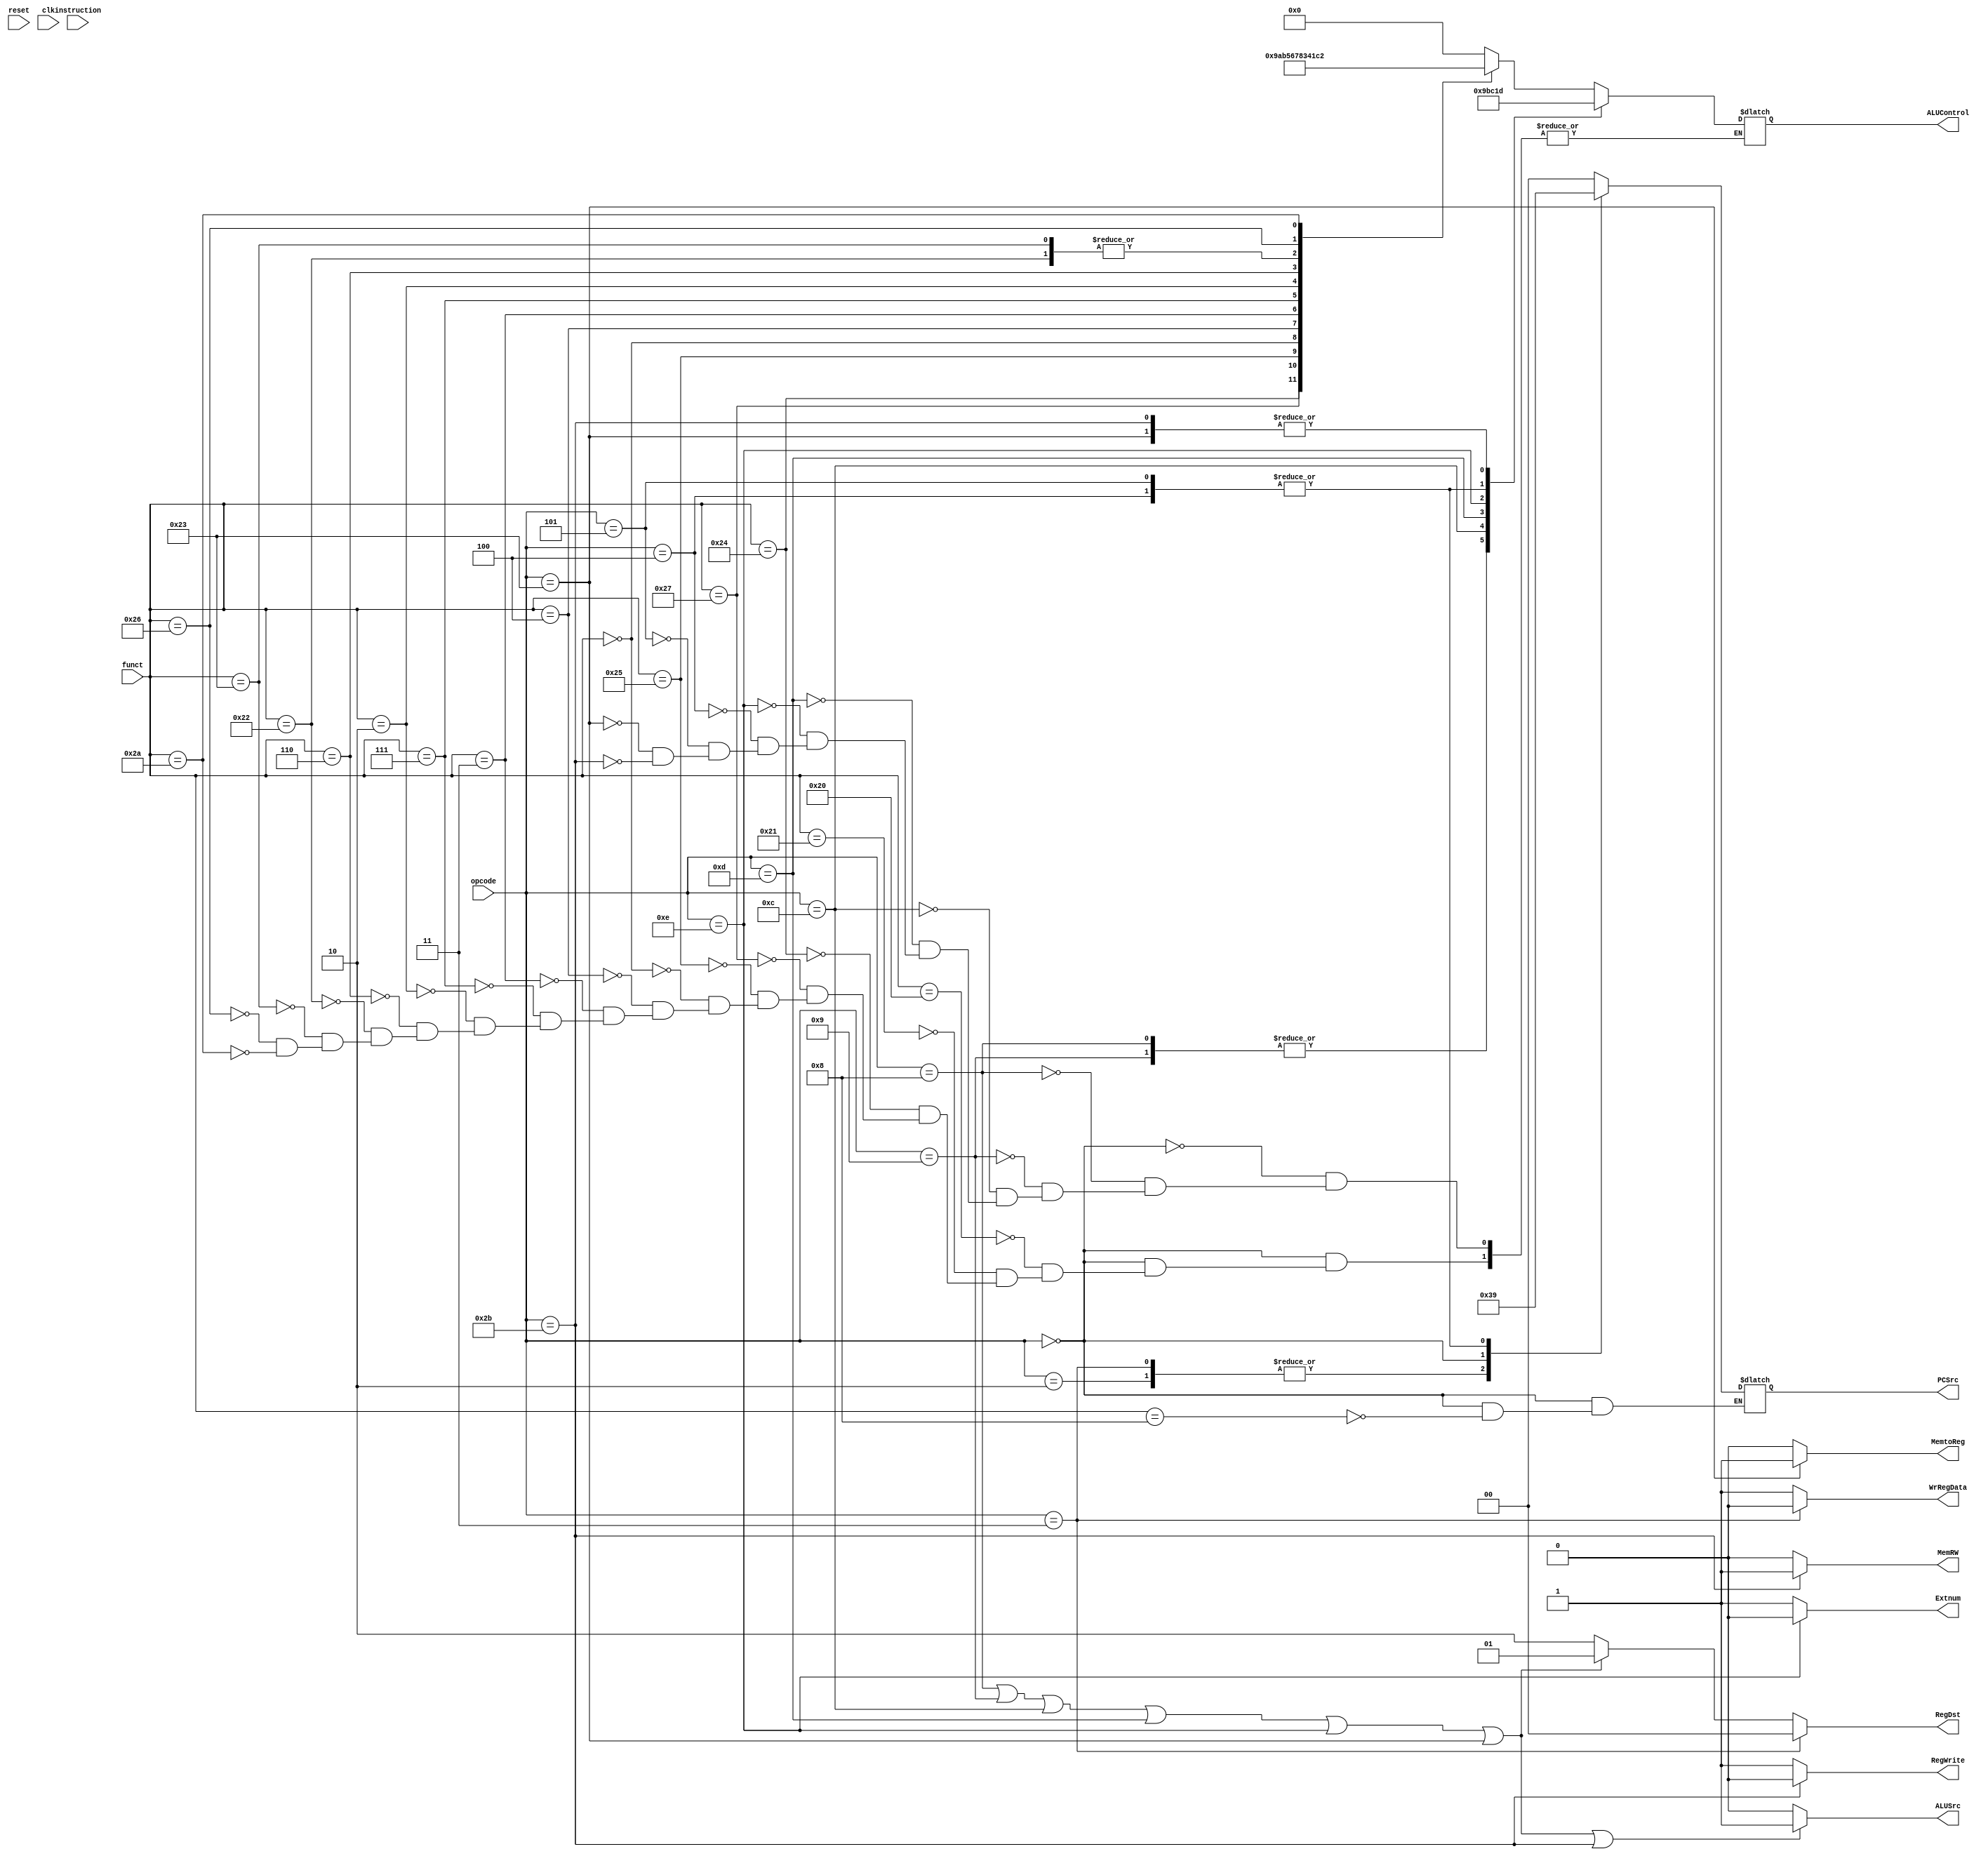
/*The control unit provides control signals for whole process
**   depend on Op code and Funct code
*/

`timescale 100fs/100fs
module ControlUnit
    (   //Inputs
        input [31:0] instruction,
        input [5:0] opcode,
        input [5:0] funct,
        input reset, clk,

        //Output
        output reg RegWrite, MemtoReg, MemRW, ALUSrc, Extnum, WrRegData,
        output reg [3:0] ALUControl,
        output reg [1:0] PCSrc, RegDst
    );

    initial begin
        RegWrite = 0;
        MemtoReg = 0;
        MemRW = 0;
        ALUSrc = 0;
        RegDst = 0;
        Extnum = 0;
        WrRegData = 0;
        ALUControl = 0;
        PCSrc = 0;
    end

    always @(*) begin 
        //Initialize the ALUSrc: "1": addi, addiu, andi, ori, xori, lw, sw
        if (opcode == 6'b001000 || opcode == 6'b001001 || opcode == 6'b001100 || opcode == 6'b001101 || opcode == 6'b001110 || opcode == 6'b100011 || opcode == 6'b101011)
            ALUSrc = 1;
        else ALUSrc = 0;

        //Initialize the Extnum: "0": xori 
        if (opcode == 6'b001110 ) Extnum =0;
        else Extnum = 1;

        //Initialize the PCSrc
        case (opcode)
            6'b000010: PCSrc = 2'b11;   //j
            6'b000011: PCSrc = 2'b11;   //jal
            6'b000000: begin
                if (funct == 6'b001000) PCSrc = 2'b10;    //jr
            end
            6'b000100: PCSrc = 2'b01;   //beq
            6'b000101: PCSrc = 2'b01;   //beq
            default: PCSrc = 2'b00;
        endcase 

        //Initialize the ALUControl
        case (opcode)
            6'b000000: begin
                case (funct)
                    6'b100000: ALUControl = 4'b0000;   //add
                    6'b100001: ALUControl = 4'b0000;   //addu
                    6'b100100: ALUControl = 4'b1001;   //and
                    6'b100111: ALUControl = 4'b1010;   //nor
                    6'b100101: ALUControl = 4'b1011;   //or
                    6'b000000: ALUControl = 4'b0101;   //sll
                    6'b000100: ALUControl = 4'b0110;   //sllv
                    6'b000011: ALUControl = 4'b0111;   //sra
                    6'b000111: ALUControl = 4'b1000;   //srav
                    6'b000010: ALUControl = 4'b0011;   //srl
                    6'b000110: ALUControl = 4'b0100;   //srlv
                    6'b100010: ALUControl = 4'b0001;   //sub
                    6'b100011: ALUControl = 4'b0001;   //subu
                    6'b100110: ALUControl = 4'b1100;   //xor
                    6'b101010: ALUControl = 4'b0010;   //slt
                endcase
            end
            6'b001000: ALUControl = 4'b0000;   //addi
            6'b001001: ALUControl = 4'b0000;   //addiu
            6'b001100: ALUControl = 4'b1001;   //andi
            6'b001101: ALUControl = 4'b1011;   //ori
            6'b001110: ALUControl = 4'b1100;   //xori
            6'b000100: ALUControl = 4'b0001;   //beq
            6'b000101: ALUControl = 4'b0001;   //bne
            6'b100011: ALUControl = 4'b1101;   //lw
            6'b101011: ALUControl = 4'b1101;   //sw
        endcase

        //Initialize the MemtoReg: "1" for lw
        if (opcode == 6'b100011) MemtoReg = 1;
        else MemtoReg = 0;

        //Initialize the RegWrite: "0" for sw   "1" for add, addu, addi, addiu, sub, subu, and, andi, nor, or, ori, xor, xori, sll, sllv, srl, srlv, sra, srav, lw, jal
        if (opcode == 6'b101011) RegWrite = 0;
        else RegWrite = 1;

        //Initialize the WrRegData: "0" for jal...
        if (opcode == 6'b000011) WrRegData = 0;
        else WrRegData = 1;

        //Initialize the MemRW: "1" for sw (store data) "0" for lw (read data)
        if (opcode == 6'b101011) MemRW = 1;
        else MemRW = 0;

        //Initialize the RegDst: "00": jal: $ra <- PC+4    "01": choose [20:16]  addi, addiu, andi, ori, xori, lw
        //"10": chooose [15:11]  add, addu, and, nor, or, sll, sllv, sra, srav, srl, srlv, sub, subu, xor, slt
        if (opcode == 6'b000011) RegDst = 2'b00;
        else if (opcode == 6'b001000 || opcode == 6'b001001 || opcode == 6'b001100 || opcode == 6'b001101 || opcode == 6'b001110 || opcode == 6'b100011)
            RegDst = 2'b01;
        else RegDst = 2'b10;
    
    end
endmodule